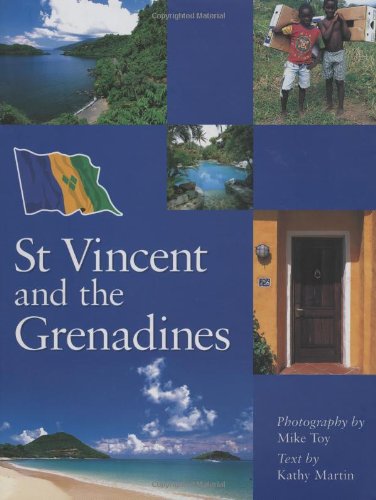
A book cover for St. Vincent and the Grenadines; Travel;